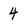
Character: 4